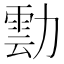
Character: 𭅀